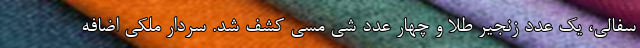
سفالی، یک عدد زنجیر طلا و چهار عدد شی مسی کشف شد. سردار ملکی اضافه